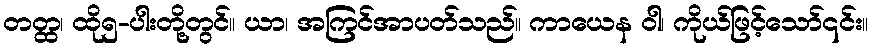
တတ္ထ၊ ထို၅-ပါးတို့တွင်။ ယာ၊ အကြင်အာပတ်သည်။ ကာယေန ဝါ၊ ကိုယ်ဖြင့်သော်၎င်း။